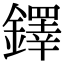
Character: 鐸